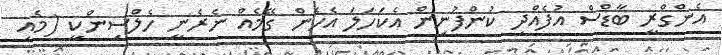
އެންގްރީ ބާޑްސް އުފެއްދި ކުންފުނިން އެކަހަލަ އެހެން ގޭމެއް ނެރެނީ ހެލްސިންކީ (މެއި